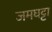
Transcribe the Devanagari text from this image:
जमघट्टा